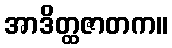
အာဒိတ္ထဇာတက။